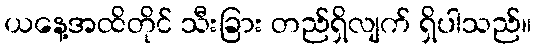
ယနေ့အထိတိုင် သီးခြား တည်ရှိလျက် ရှိပါသည်။